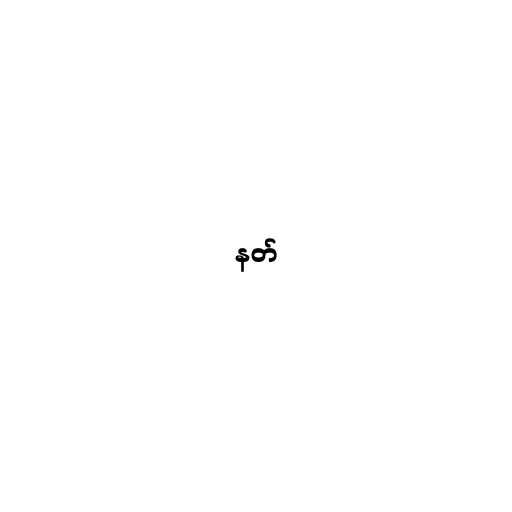
နတ်